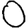
Digit: 0